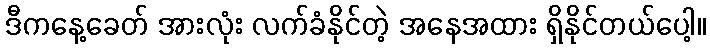
ဒီကနေ့ခေတ် အားလုံး လက်ခံနိုင်တဲ့ အနေအထား ရှိနိုင်တယ်ပေါ့။